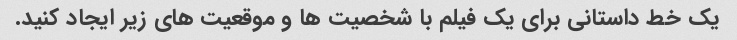
یک خط داستانی برای یک فیلم با شخصیت ها و موقعیت های زیر ایجاد کنید.